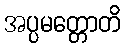
အပ္ပမတ္တောတိ